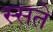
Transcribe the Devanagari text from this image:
स्सते